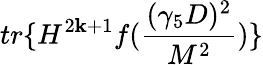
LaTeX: tr\{ H^{2\mathbf{k}+1}f(\frac{{(\gamma_{5}D)^{2}}}{{M^{2}}})\}